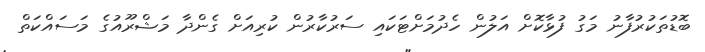
ބޮޑުތަކުރުފާނު މަގު ފުޅާކޮށް އަލުން ހެދުމަށްޓަކައި ސަރުކާރުން ކުރިއަށް ގެންދާ މަޝްރޫއުގެ މަސައްކަތް